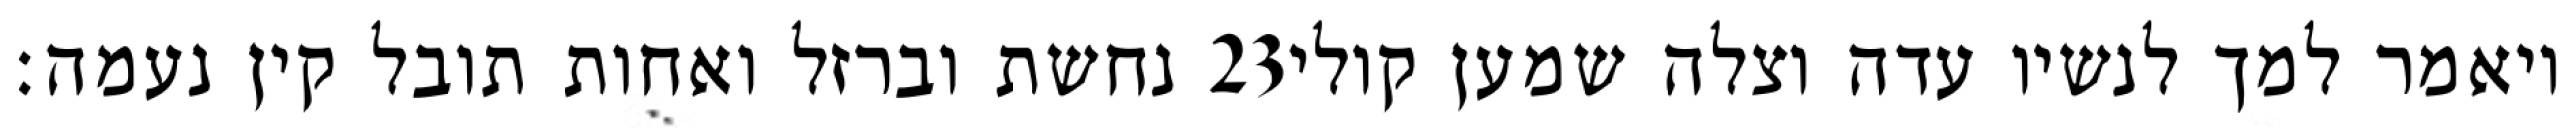
נחשת וברזל ואחות תובל קין נעמה׃ ‎23‏ ויאמר למך לנשיו עדה וצלה שמען קולי